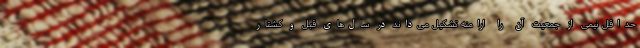
حداقل نیمی از جمعیت آن را ارامنه تشکیل می‌داند در سال‌های قبل و کشتار